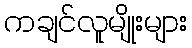
ကချင်လူမျိုးများ